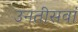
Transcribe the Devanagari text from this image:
उनतीसवां